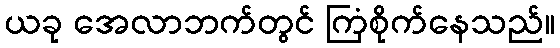
ယခု အေလာဘက်တွင် ကြံစိုက်နေသည်။